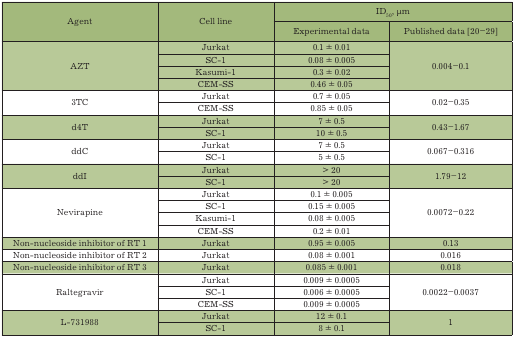
| <ROWSPAN=2> Agent | <ROWSPAN=2> Cell line | <COLSPAN=2> ID50, μm |
 | Experimental data | Published data [20–29] |
 | --- | --- | --- | --- |
 | <ROWSPAN=4> AZT | Jurkat | 0.1 ± 0.01 | <ROWSPAN=4> 0.004–0.1 |
 | SC-1 | 0.08 ± 0.005 |
 | Kasumi-1 | 0.3 ± 0.02 |
 | CEM-SS | 0.46 ± 0.05 |
 | <ROWSPAN=2> 3TC | Jurkat | 0.7 ± 0.05 | <ROWSPAN=2> 0.02–0.35 |
 | CEM-SS | 0.85 ± 0.05 |
 | <ROWSPAN=2> d4T | Jurkat | 7 ± 0.5 | <ROWSPAN=2> 0.43–1.67 |
 | SC-1 | 10 ± 0.5 |
 | <ROWSPAN=2> ddC | Jurkat | 7 ± 0.5 | <ROWSPAN=2> 0.067–0.316 |
 | SC-1 | 5 ± 0.5 |
 | <ROWSPAN=2> ddI | Jurkat | > 20 | <ROWSPAN=2> 1.79–12 |
 | SC-1 | > 20 |
 | <ROWSPAN=4> Nevirapine | Jurkat | 0.1 ± 0.005 | <ROWSPAN=4> 0.0072–0.22 |
 | SC-1 | 0.15 ± 0.005 |
 | Kasumi-1 | 0.08 ± 0.005 |
 | CEM-SS | 0.2 ± 0.01 |
 | Non-nucleoside inhibitor of RT 1 | Jurkat | 0.95 ± 0.005 | 0.13 |
 | Non-nucleoside inhibitor of RT 2 | Jurkat | 0.08 ± 0.001 | 0.016 |
 | Non-nucleoside inhibitor of RT 3 | Jurkat | 0.085 ± 0.001 | 0.018 |
 | <ROWSPAN=3> Raltegravir | Jurkat | 0.009 ± 0.0005 | <ROWSPAN=3> 0.0022–0.0037 |
 | SC-1 | 0.006 ± 0.0005 |
 | CEM-SS | 0.009 ± 0.0005 |
 | <ROWSPAN=2> L-731988 | Jurkat | 12 ± 0.1 | <ROWSPAN=2> 1 |
 | SC-1 | 8 ± 0.1 |